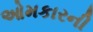
ઓમકારની